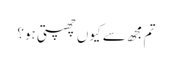
تم مجھ سے کیوں چھپتی ہو؟